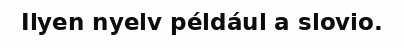
Ilyen nyelv például a slovio.